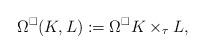
LaTeX: \begin{align*} \Omega^{\square}(K,L):=\Omega^{\square}K\times_{\tau} L, \end{align*}